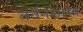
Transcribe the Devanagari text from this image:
वर्तनशास्त्र